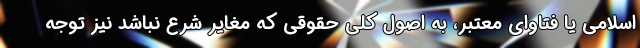
اسلامی یا فتاوای معتبر، به اصول کلی حقوقی که مغایر شرع نباشد نیز توجه